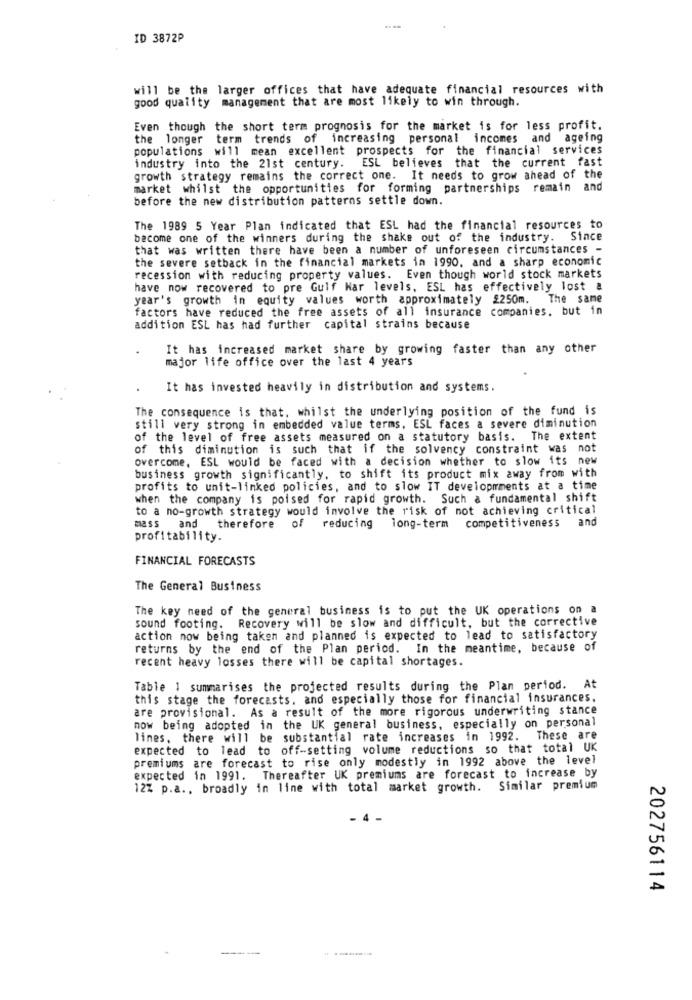
ID 3872P
will be the larger offices that have adequate financial resources with
good quality management that are most likely to win through.
Even though the short term prognosis for the market is for less profit.
the longer term trends of increasing personal incomes and ageing
populations will mean excellent prospects for the financial services
industry into the 21st century. ESL believes that the current fast
growth strategy remains the correct one. It needs to grow ahead of the
market whilst the opportunities for forming partnerships remain and
before the new distribution patterns settle down.
The 1989 5 Year Plan indicated that ESL had the financial resources to
become one of the winners during the shake out of the industry. Since
that was written there have been a number of unforeseen circumstances -
the severe setback in the financial markets in 1990, and a sharp economic
recession with reducing property values. Even though world stock markets
have now recovered to pre Gulf Nar levels, ESL has effectively lost &
year's growth in equity values worth approximately $250m. The same
factors have reduced the free assets of all insurance companies, but in
addition ESL has had further capital strains because
It has increased market share by growing faster than any other
major life office over the last 4 years
It has invested heavily in distribution and systems.
The consequence is that, whilst the underlying position of the fund is
still very strong in embedded value terms. ESL faces a severe diminution
of the level of free assets measured on a statutory basis. The extent
of this diminution is such that if the solvency constraint was not
overcome, ESL would be faced with a decision whether to slow its new
business growth significantly, to shift its product mix away from with
profits to unit-linked policies, and to slow IT developmrments at a time
when the company is poised for rapid growth. Such a fundamental shift
to a no-growth strategy would involve the risk of not achieving critical
mass
and therefore
of reducing long-term competitiveness and
profitability.
FINANCIAL FORECASTS
The General Business
The key need of the general business is to put the UK operations on a
sound footing. Recovery will be slow and difficult, but the corrective
action now being taken and planned is expected to lead to satisfactory
returns by the end of the Plan period. In the meantime, because of
recent heavy losses there will be capital shortages.
Table 1 summarises the projected results during the Plan period. At
this stage the forecasts, and especially those for financial insurances.
are provisional. As a result of the more rigorous underwriting stance
now being adopted in the UK general business, especially on personal
lines, there will be substantial rate increases in 1992.
These are
expected to lead to off-setting volume reductions so that total UK
premiums are forecast to rise only modestly in 1992 above the level
expected in 1991. Thereafter UK premiums are forecast to increase by
12% p.a ., broadly in line with total market growth. Similar premium
202756114
---